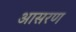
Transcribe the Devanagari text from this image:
आसरण